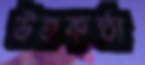
উতকন্ঠা